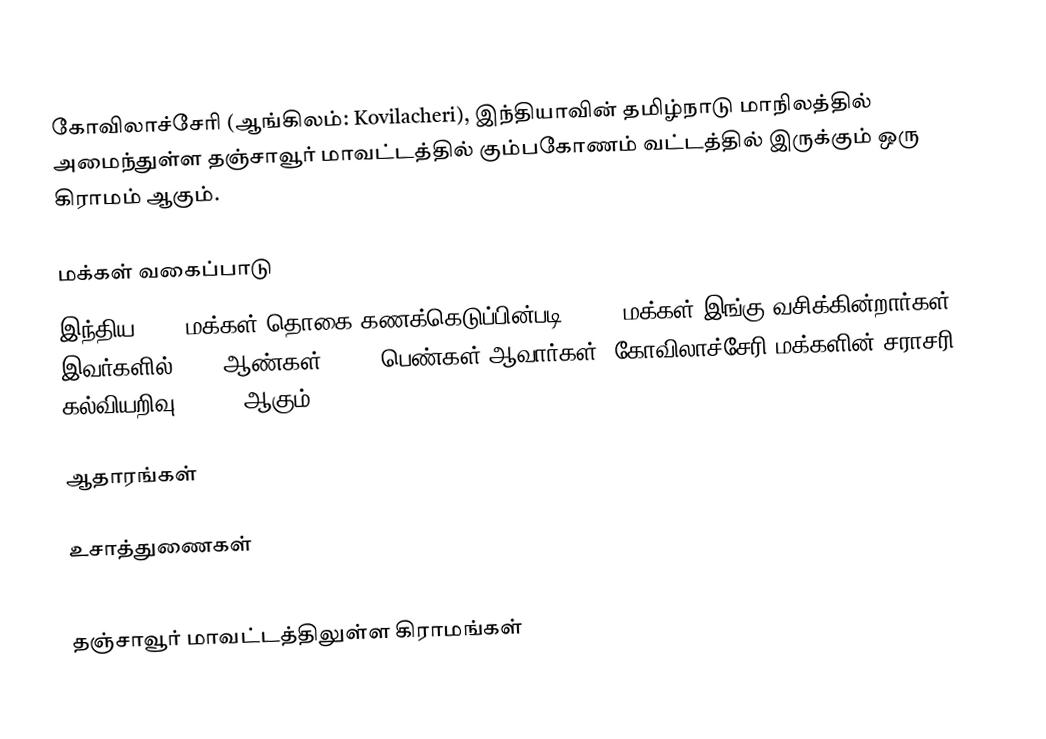
கோவிலாச்சேரி  (ஆங்கிலம்: Kovilacheri), இந்தியாவின் தமிழ்நாடு மாநிலத்தில் அமைந்துள்ள தஞ்சாவூர் மாவட்டத்தில்   கும்பகோணம் வட்டத்தில் இருக்கும்  ஒரு கிராமம் ஆகும்.

மக்கள் வகைப்பாடு
இந்திய 2001 மக்கள் தொகை கணக்கெடுப்பின்படி 2,464 மக்கள் இங்கு வசிக்கின்றார்கள்.  இவர்களில் 1207 ஆண்கள், 1257 பெண்கள் ஆவார்கள். கோவிலாச்சேரி   மக்களின் சராசரி கல்வியறிவு 73.03% ஆகும்.

ஆதாரங்கள்

உசாத்துணைகள்

தஞ்சாவூர் மாவட்டத்திலுள்ள கிராமங்கள்